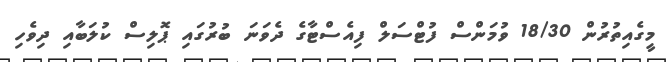
މީގެއިތުރުން 18/30 ވުމަންސް ފުޓްސަލް ފިއެސްޓާގެ ދެވަނަ ބުރުގައި ޕޮލިސް ކުލަބާއި ދިވެހި